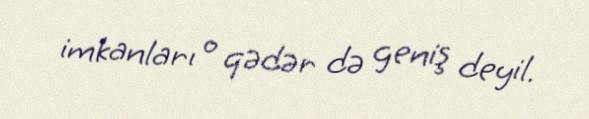
imkanları o qədər də geniş deyil.